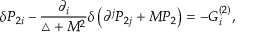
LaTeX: \delta { \cal P } _ { 2 i } - \frac { \partial _ { i } } { \triangle + M ^ { 2 } } \delta \left( \partial ^ { j } { \cal P } _ { 2 j } + M P _ { 2 } \right) = - G _ { i } ^ { ( 2 ) } ,